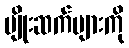
မျိုးဆက်များကို